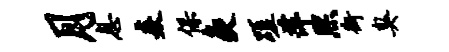
月息焱保灸蹉萍熙街臭